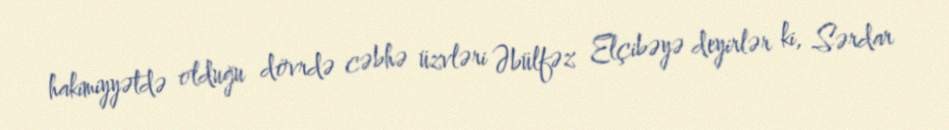
hakimiyyətdə olduğu dövrdə cəbhə üzvləri Əbülfəz Elçibəyə deyirlər ki, Sərdar